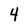
Character: 4